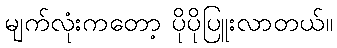
မျက်လုံးကတော့ ပိုပိုပြူးလာတယ်။